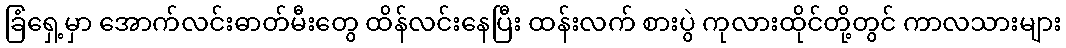
ခြံရှေ့မှာ အောက်လင်းဓာတ်မီးတွေ ထိန်လင်းနေပြီး ထန်းလက် စားပွဲ ကုလားထိုင်တို့တွင် ကာလသားများ